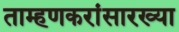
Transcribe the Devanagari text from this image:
ताम्हणकरांसारख्या